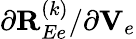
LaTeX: {\partial{\mathbf R}_{Ee}^{(k)}}/{\partial{\mathbf V}_{e}}